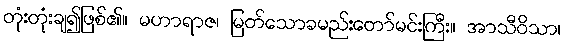
တုံးတုံးချ၍ဖြစ်၏။ မဟာရာဇ၊ မြတ်သောခမည်းတော်မင်းကြီး။ အာသီဝိသာ၊